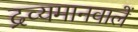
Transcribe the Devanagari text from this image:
द्रव्यमानवालें